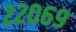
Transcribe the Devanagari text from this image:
२२०६९